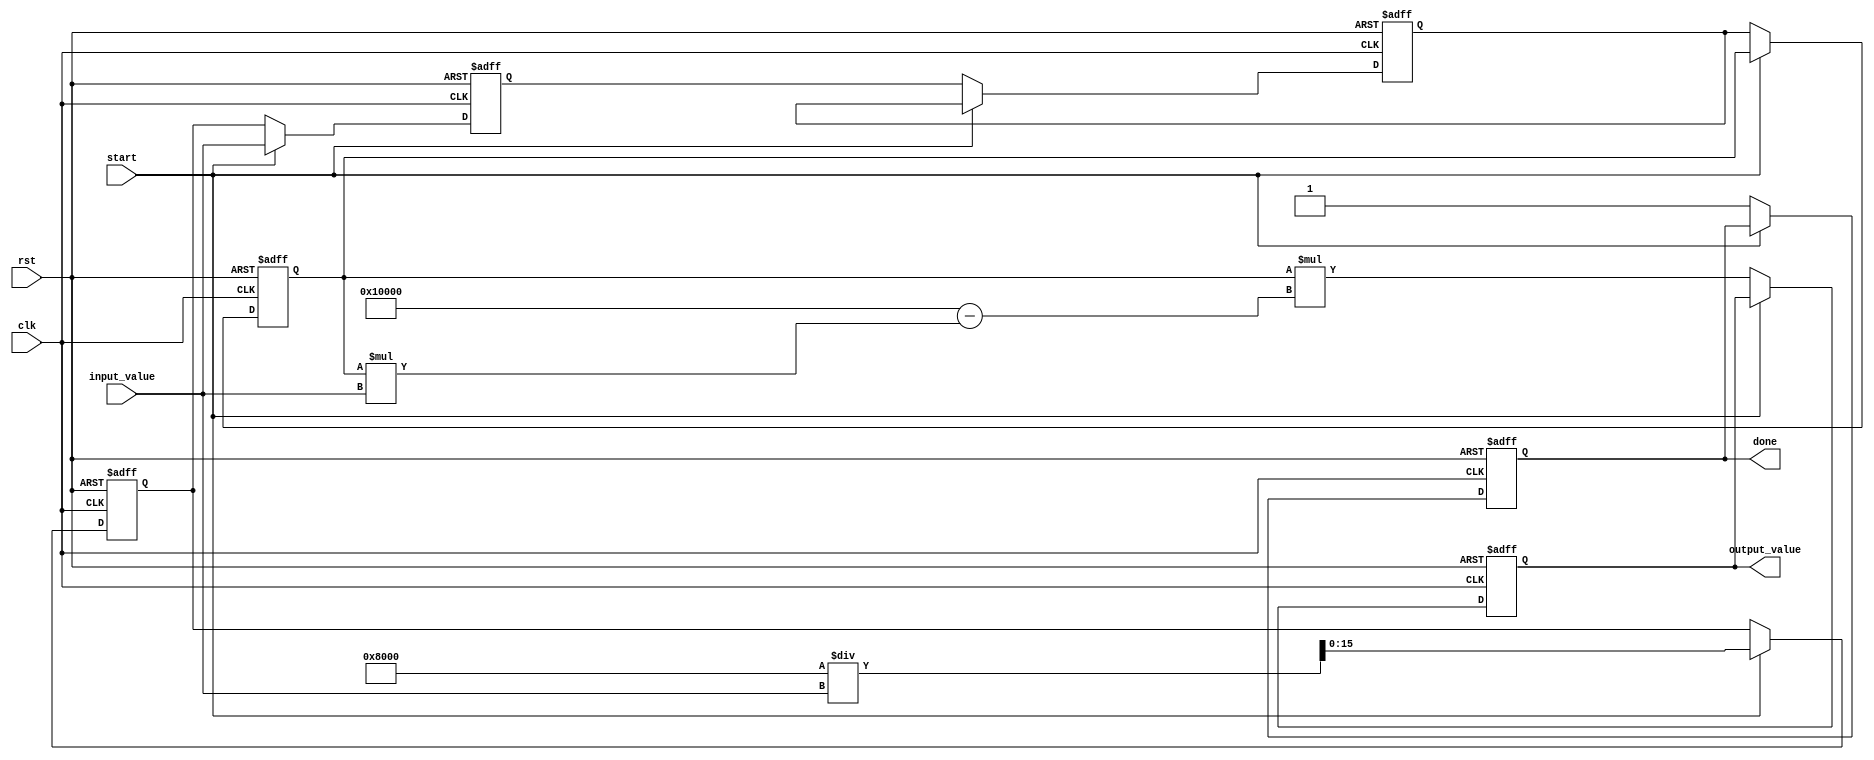
module systolic_array_reciprocal #(
    parameter N = 2, // Size of the systolic array (N x N)
    parameter WIDTH = 16 // Bit width for input and output
)(
    input wire clk,
    input wire rst,
    input wire [WIDTH-1:0] input_value, // Input value for which reciprocal is calculated
    input wire start, // Signal to start the computation
    output reg [WIDTH-1:0] output_value, // Output reciprocal value
    output reg done // Signal to indicate completion
);

    // Internal signals for the systolic array
    reg [WIDTH-1:0] pe [0:N-1][0:N-1]; // Processing elements
    reg [WIDTH-1:0] temp [0:N-1][0:N-1]; // Temporary storage for intermediate results
    reg [N-1:0] row_done; // Row completion signals
    reg [N-1:0] col_done; // Column completion signals
    integer i, j;

    // Initialize the PEs and control signals
    always @(posedge clk or posedge rst) begin
        if (rst) begin
            output_value <= 0;
            done <= 0;
            for (i = 0; i < N; i = i + 1) begin
                for (j = 0; j < N; j = j + 1) begin
                    pe[i][j] <= 0;
                    temp[i][j] <= 0;
                end
            end
            row_done <= 0;
            col_done <= 0;
        end else if (start) begin
            // Load input value into the first PE
            pe[0][0] <= input_value;
            // Initialize the first PE with an approximation (e.g., 1/input_value)
            temp[0][0] <= (1 << (WIDTH-1)) / input_value; // Initial approximation (1/x)
            row_done[0] <= 0;
            col_done[0] <= 0;
        end else begin
            // Systolic array computation
            for (i = 0; i < N; i = i + 1) begin
                for (j = 0; j < N; j = j + 1) begin
                    if (i == 0 && j == 0) begin
                        // First PE: Update with new input
                        pe[i][j] <= temp[i][j];
                    end else if (j > 0) begin
                        // Pass value from left PE
                        pe[i][j] <= pe[i][j-1];
                    end else if (i > 0) begin
                        // Pass value from above PE
                        pe[i][j] <= pe[i-1][j];
                    end

                    // Perform reciprocal computation (Newton-Raphson method)
                    if (i == N-1 && j == N-1) begin
                        // Last PE computes the final output
                        output_value <= pe[i][j] * (2**WIDTH - pe[i][j] * input_value);
                        done <= 1; // Set done signal
                    end
                end
            end
        end
    end
endmodule